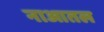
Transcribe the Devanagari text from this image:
नाआतल